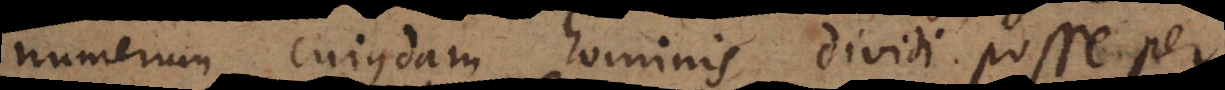
numerum cujusdam hominis dividi posse per